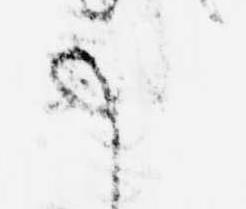
事